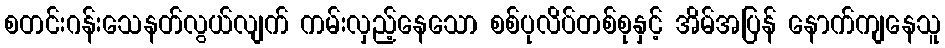
စတင်းဂန်းသေနတ်လွယ်လျက် ကမ်းလှည့်နေသော စစ်ပုလိပ်တစ်စုနှင့် အိမ်အပြန် နောက်ကျနေသူ